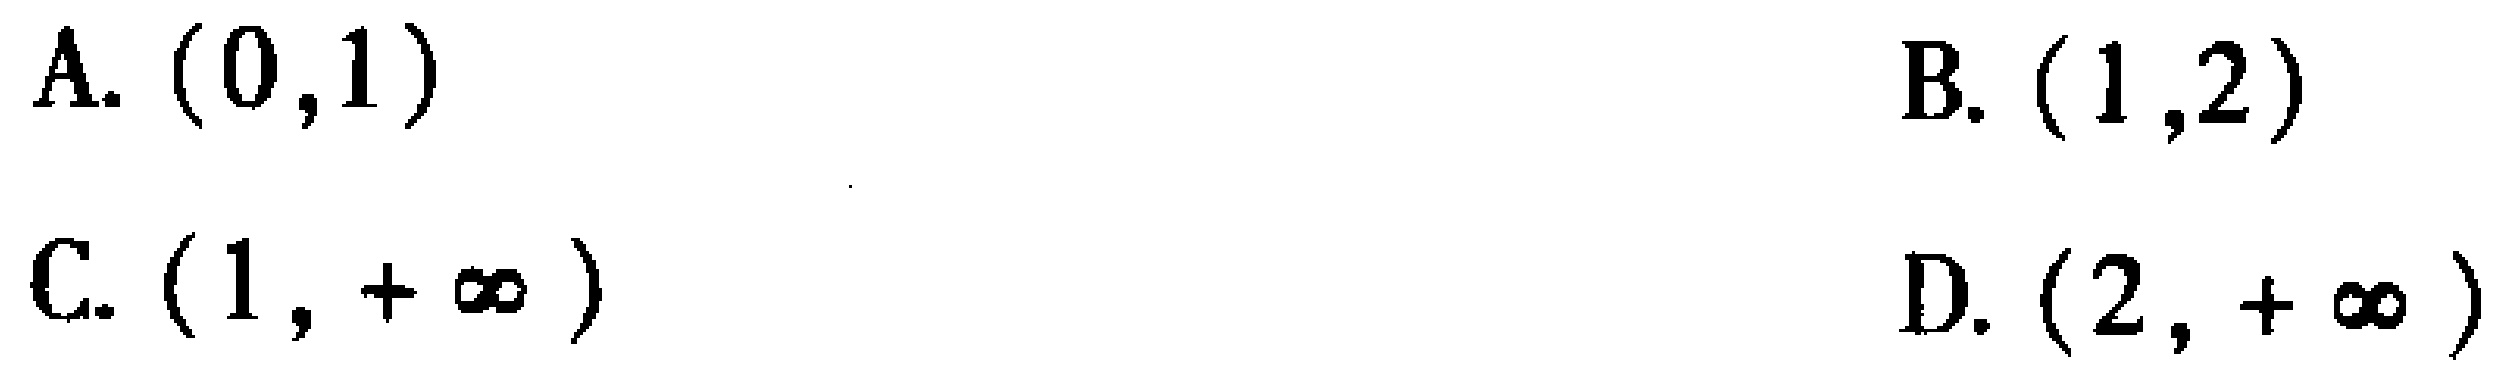
A. \((0,1)\)

B. \((1,2)\)

C. \((1,+\infty)\)

D. \((2,+\infty)\)